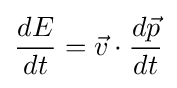
{\frac {dE}{dt}}={\vec {v}}\cdot {\frac {d{\vec {p}}}{dt}}